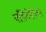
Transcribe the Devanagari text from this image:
पाँडेचेरीला